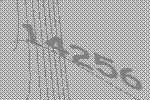
14256